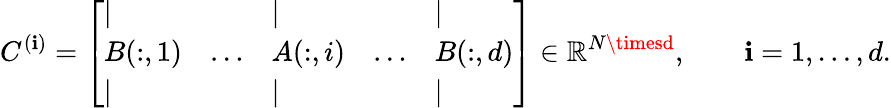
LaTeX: C^{(\mathbf{i})}=\left[\begin{array}{lllll}{\vert}&{}&{\vert}&{}&{\vert}\\ {B(:,1)}&{\ldots}&{A(:,i)}&{\ldots}&{B(:,d)}\\ {\vert}&{}&{\vert}&{}&{\vert}\end{array}\right]\in\mathbb{{R}}^{N\timesd},\qquad\mathbf{i}=1,\ldots,d.